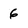
Character: 6